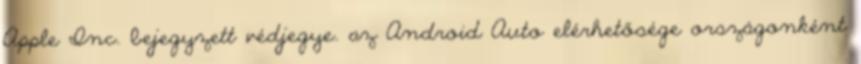
Apple Inc. bejegyzett védjegye. az Android Auto elérhetősége országonként